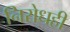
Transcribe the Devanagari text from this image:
निरोधही